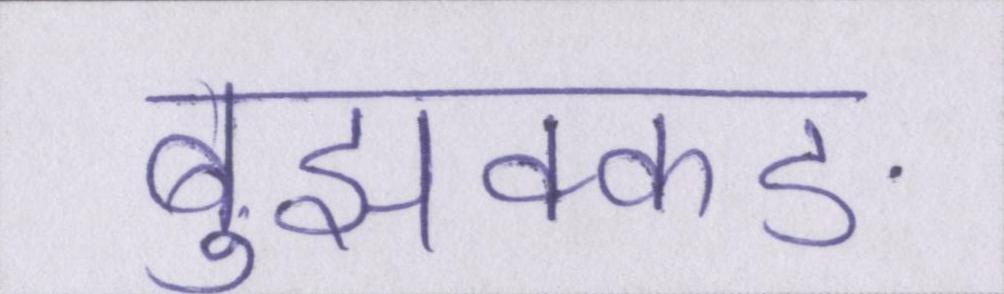
बुझक्कङ